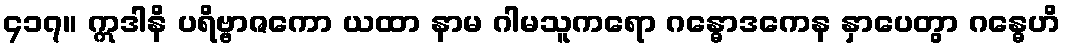
၄၁၇။ ဣဒါနိ ပရိဗ္ဗာဇကော ယထာ နာမ ဂါမသူကရော ဂန္ဓောဒကေန နှာပေတွာ ဂန္ဓေဟိ